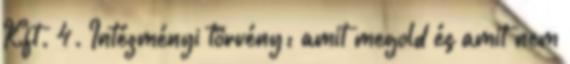
Kft. 4. Intézményi törvény: amit megold és amit nem